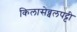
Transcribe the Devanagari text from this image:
किलासेव्वलपट्टी